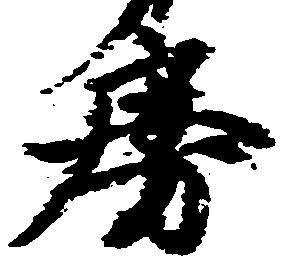
房